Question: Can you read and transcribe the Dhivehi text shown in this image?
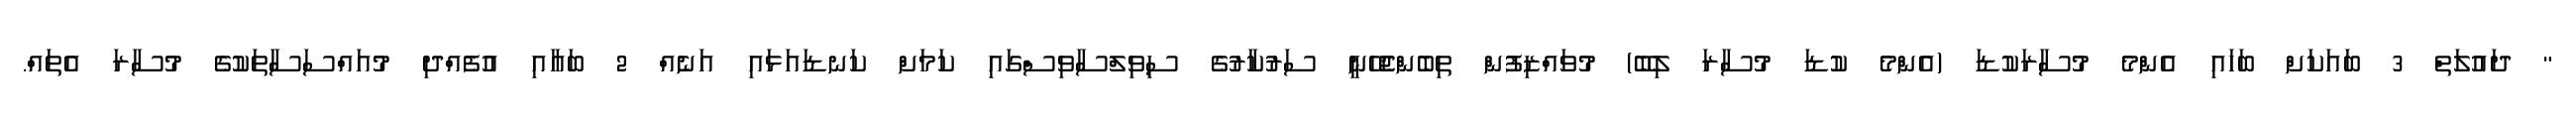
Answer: " ދައުލަތް 3 ބައަކަށް ބަހައި އެންމެ މުސާރަކުޑަ (އެންމެ ކުޑަ މުސާރަ ލިބޭ) މުވައްޒިފުން ތިބެންޖެހޭނީ ސަރުކާރުގެ ސިވިލްސާވިސްގައި ކަމަށް ކަނޑައަޅައި އަނެއް 2 ބައާއި އުފެއްދި މުއައްސަސާތަކުގެ މުސާރަ އެތައް.